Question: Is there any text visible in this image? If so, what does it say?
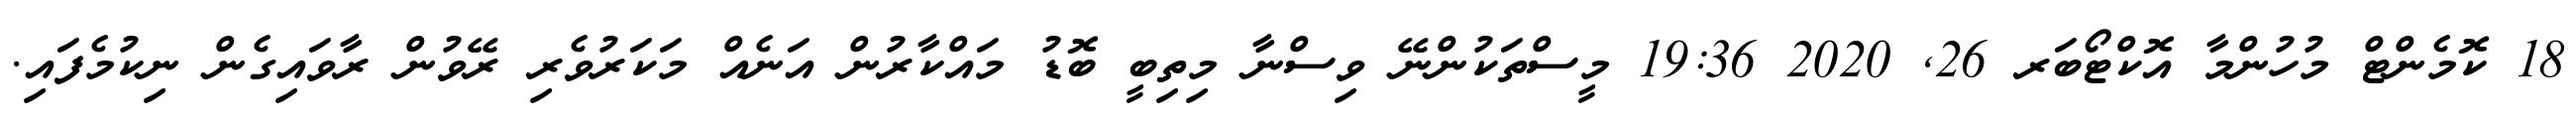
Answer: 18 ކޮމެންޓް މުހުންމާ އޮކްޓޯބަރ 26, 2020 19:36 މީސްތަކުންނޭ ވިސްނާ މިތިބީ ބޮޑު މައްކާރުން އަނެއް މަކަރުވެރި ރޭވުން ރާވައިގެން ނިކުމެފައި.